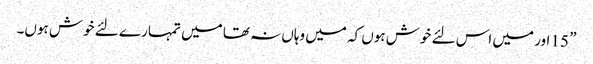
” 15 اور میں اس لئے خوش ہوں کہ میں وہاں نہ تھا میں تمہا رے لئے خوش ہوں۔